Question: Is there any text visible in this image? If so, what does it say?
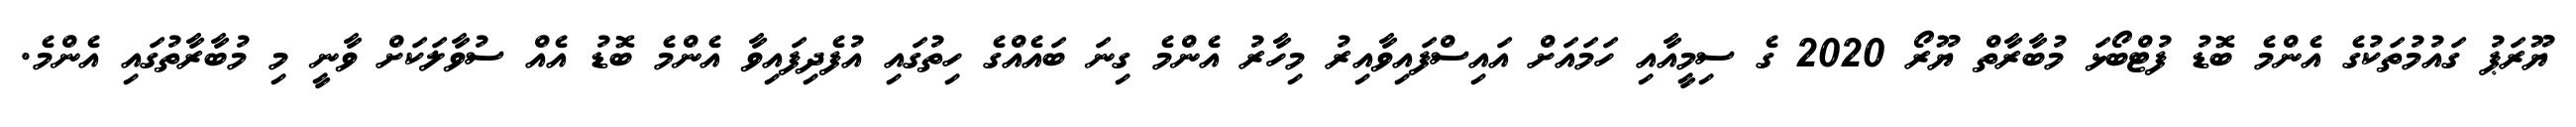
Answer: ޔޫރަޕު ގައުމުތަކުގެ އެންމެ ބޮޑު ފުޓްބޯޅަ މުބާރާތް ޔޫރޯ 2020 ގެ ސިމީއާއި ހަމައަށް އައިސްފައިވާއިރު މިހާރު އެންމެ ގިނަ ބައެއްގެ ހިތުގައި އުފެދިފައިވާ އެންމެ ބޮޑު އެއް ސުވާލަކަށް ވާނީ މި މުބާރާތުގައި އެންމެ.